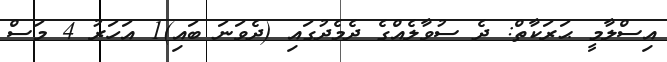
އިސްލާމީ ޙަރަކާތް: ދެ ސުވާލެއްގެ ދެމެދުގައި (ދެވަނަ ބައި)1 އަހަރު 4 މަސް